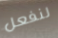
لنفعل